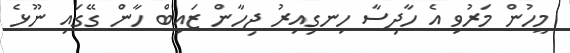
މީހުން މަރުވި އެ ހާދިސާ ހިނގިއިރު ޖިހާން ޒައިބް ހާން ގޭގައި ނޫޅެ